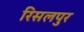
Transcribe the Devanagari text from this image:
रिसलपुर